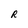
Character: R